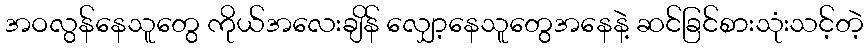
အဝလွန်နေသူတွေ ကိုယ်အလေးချိန် လျှော့နေသူတွေအနေနဲ့ ဆင်ခြင်စားသုံးသင့်တဲ့